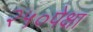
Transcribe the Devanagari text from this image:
२५०पेक्षा